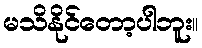
မသိနိုင်တော့ပါဘူး။